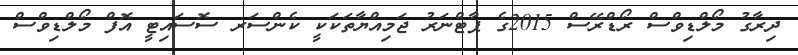
ދިރާގު މޯލްޑިވްސް ރޯޑްރޭސް 2015ގެ ޕާޓްނަރު ޖަމިއްޔާތަކަކީ ކެންސަރ ސޮސައިޓީ އޮފް މޯލްޑިވްސް